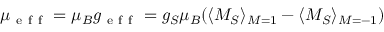
\mu _ { \mathrm { ~ e ~ f ~ f ~ } } = \mu _ { B } g _ { \mathrm { ~ e ~ f ~ f ~ } } = g _ { S } \mu _ { B } ( \langle M _ { S } \rangle _ { M = 1 } - \langle M _ { S } \rangle _ { M = - 1 } )